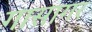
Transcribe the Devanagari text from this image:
गासागर